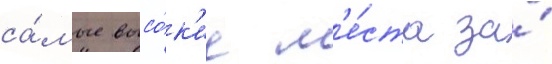
са́мые высо́к'ие м'е́ста за́